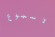
لاسبوع